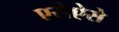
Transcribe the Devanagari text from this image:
एसेऐसे